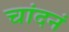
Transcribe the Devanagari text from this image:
चांदनं